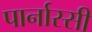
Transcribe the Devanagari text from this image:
पार्नास्सी